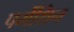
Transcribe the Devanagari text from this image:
पर्मेथ्रिन